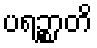
ပရဉ္စာတိ